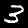
Digit: 3